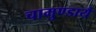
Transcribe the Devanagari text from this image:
चामुण्डायै